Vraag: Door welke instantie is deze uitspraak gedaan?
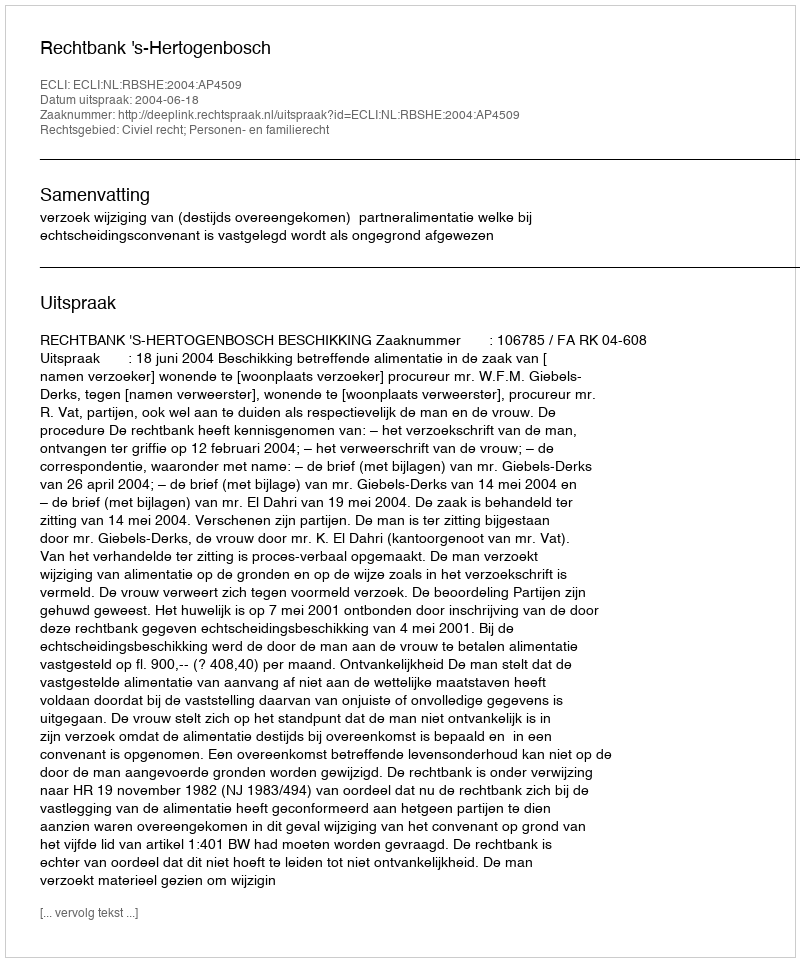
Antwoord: Rechtbank 's-Hertogenbosch